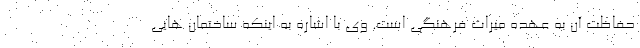
حفاظت آن به عهده میراث فرهنگی است. وی با اشاره به اینکه ساختمان هایی